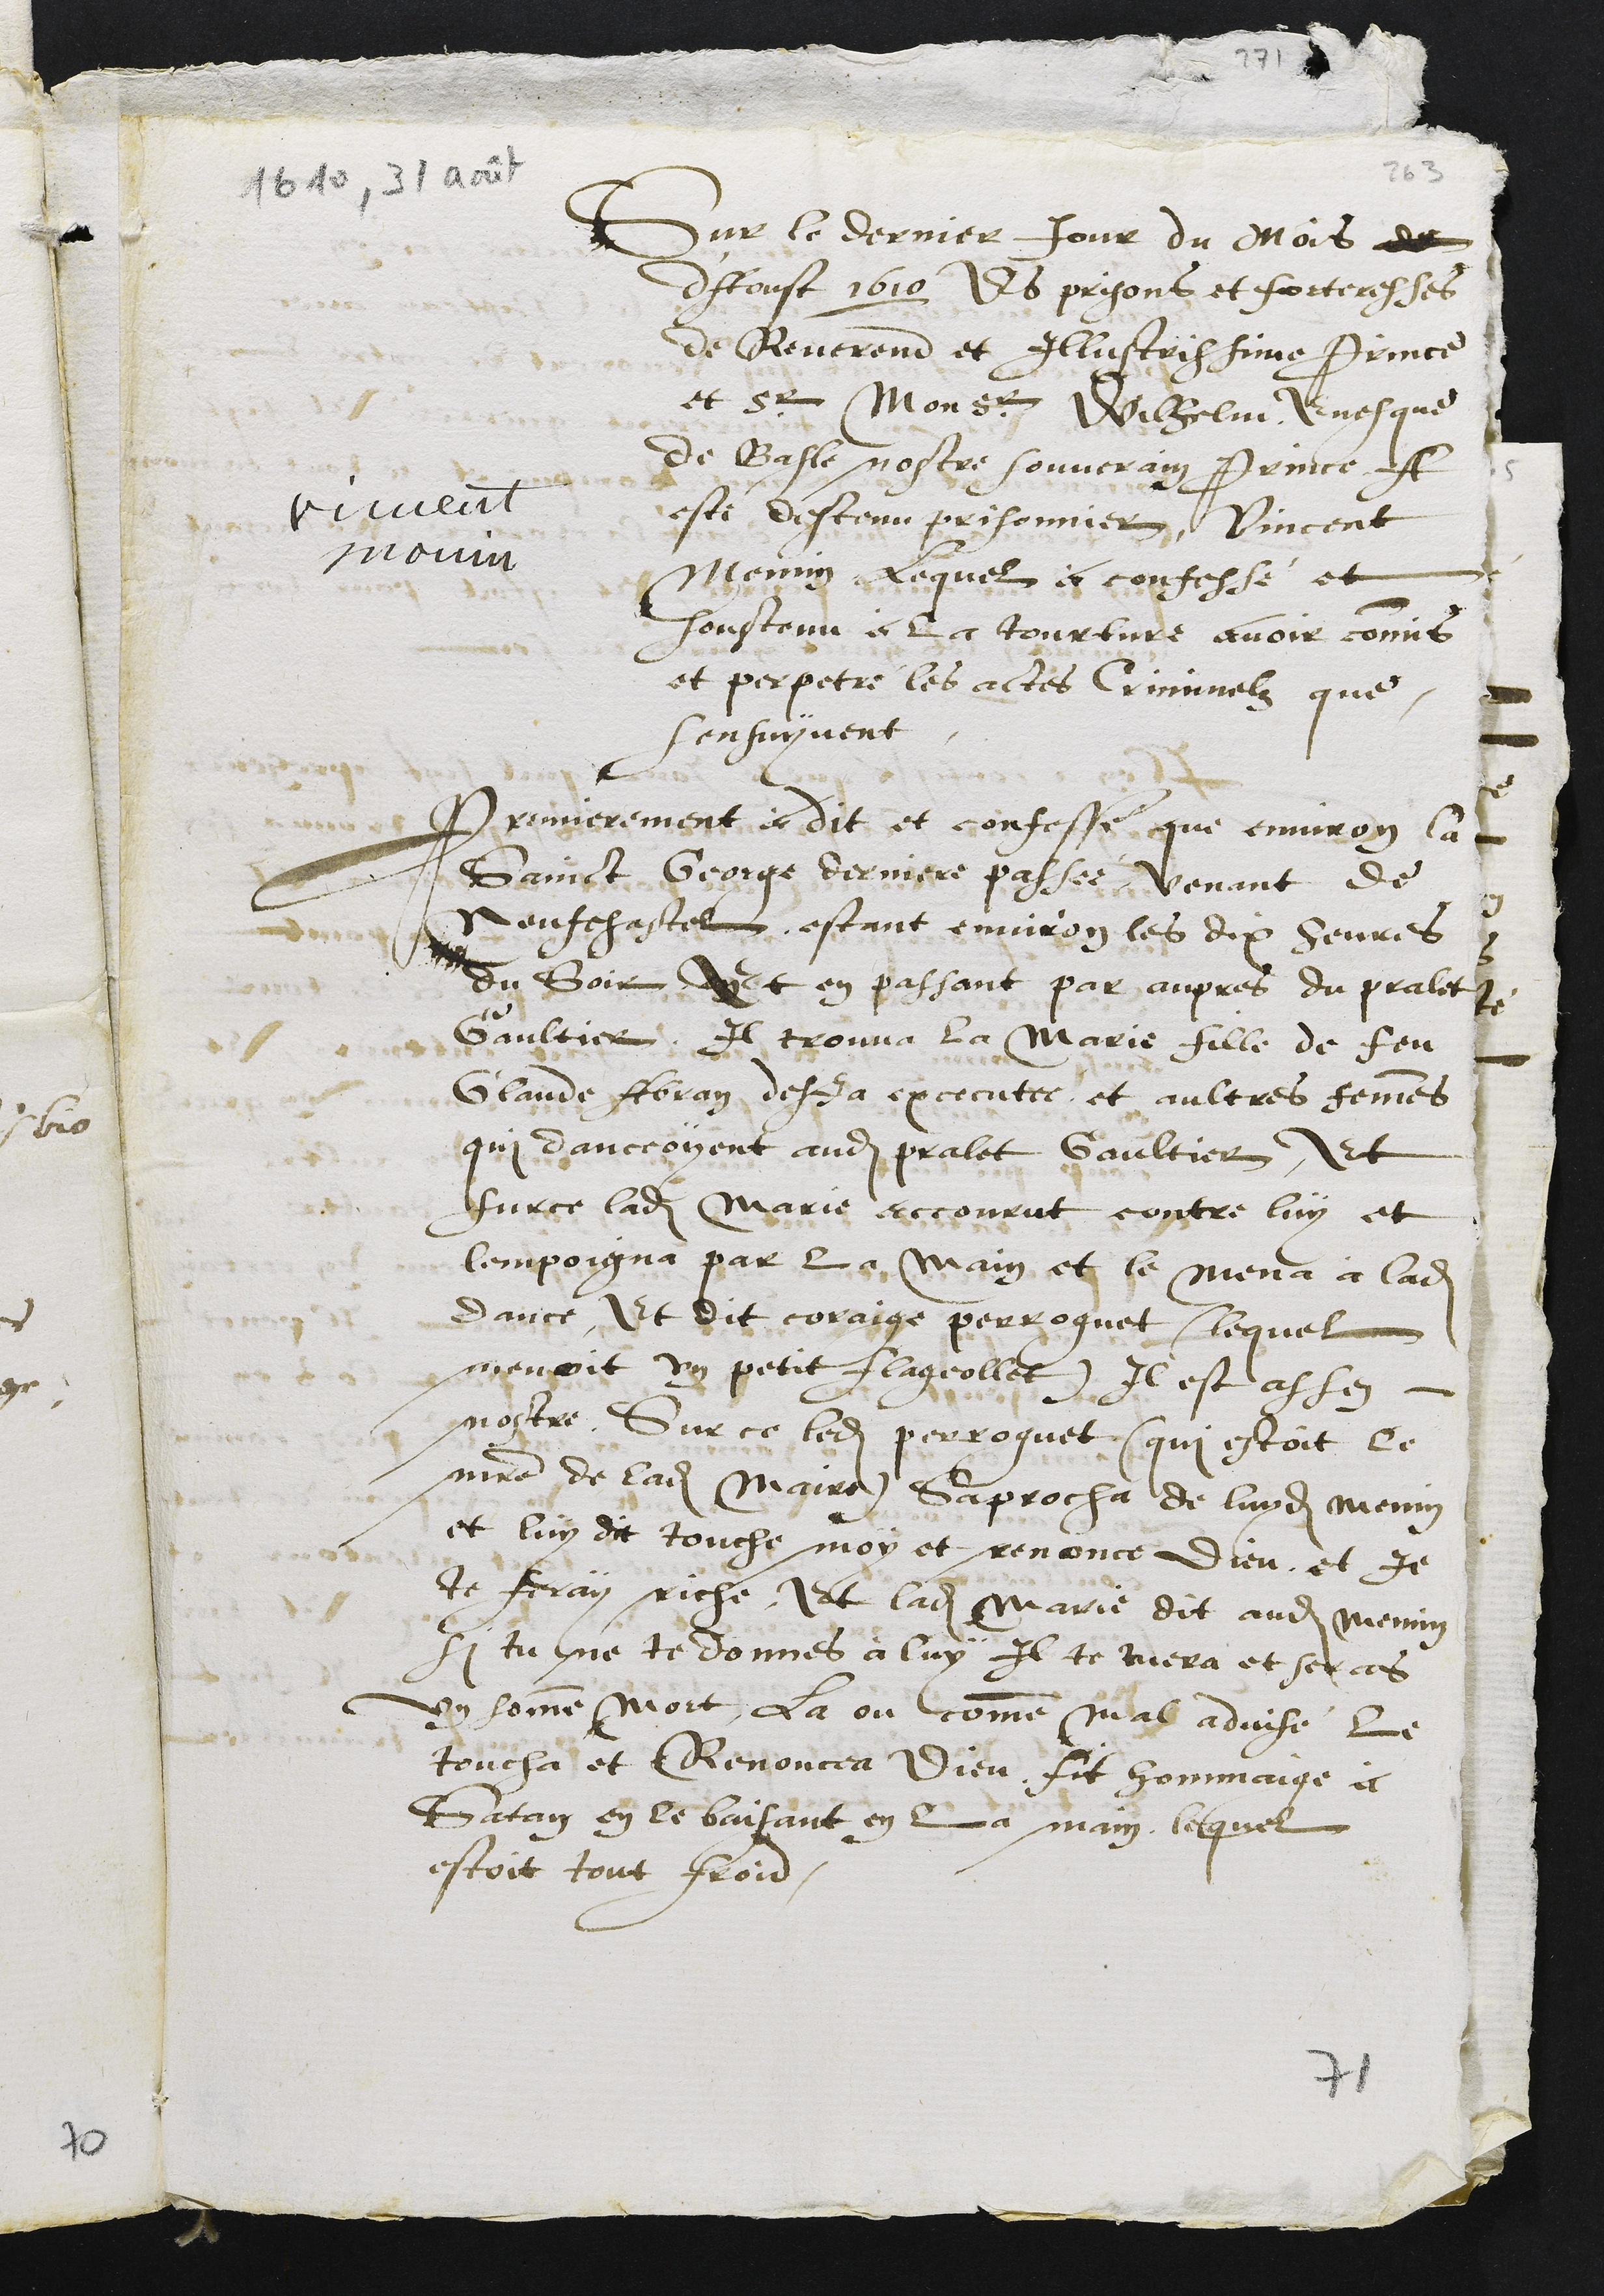
Vincent
Monin
Sur le dernier Jour du mois de
d'Aoust 1610 Es prisons et forteresses
de Reverend et Illustrissime Prince
et Sr Monsr Wilhelm Evesque
de Basle nostre souverain Prince A
este destenu prisonnier, Vincent
Monnin lequel a confessé et
soustenu a la tourture avoir commis
et perpetre les actes Criminelz que
sensuyvent
Premierement a dit et confesse que environ la
Sainct George derniere passee, venant de
Neufchastel, estant environ les dix heures
du soir, Et en passant par aupres du pralet
Gaultier, Il trouva la Marie fille de feu
Claude Abran desja executee, et aultres femmes
qui danceoyent audit pralet Gaultier, Et
sur ce ladite Marie accourut contre luy et
lempoigna par la main et le mena à ladite
dance Et dit coraige perroquet (lequel
menoit un petit flageollet) Il est assez
nostre. Sur ce ledit perroquet (qui estoit le
maitre de ladite Maire) saprocha de luydit Menin
et luy dit touche moy et renonce dieu, et je
te feray riche, Et ladite Marie dit audit Mennin
si tu ne te donnes à luy il te tuera et seras
un homme mort, la ou comme mal advisé le
toucha et Renoncea Dieu, fit hommaige a
Satan en le baisant en la main, lequel
estoit tout froid.
71